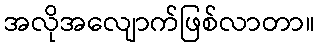
အလိုအလျောက်ဖြစ်လာတာ။